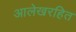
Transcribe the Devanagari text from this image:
आलेखरहित